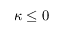
\kappa \leq 0